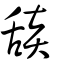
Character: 舕